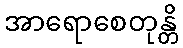
အာရောစေတုန္တိ